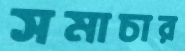
সমাচার